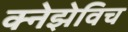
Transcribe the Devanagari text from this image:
क्नेझेविच